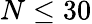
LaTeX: N\leq 30